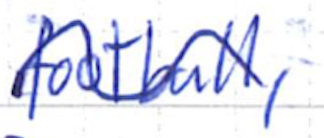
Text: football,
Cross-out: wave
Writing tool: ballpoint